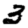
Digit: 3